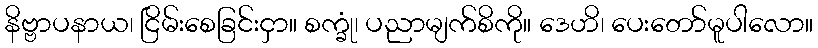
နိဗ္ဗာပနာယ၊ ငြိမ်းစေခြင်းငှာ။ စက္ခုံ၊ ပညာမျက်စိကို။ ဒေဟိ၊ ပေးတော်မူပါလော။